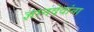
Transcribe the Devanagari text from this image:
ज्ञानदेवांना